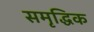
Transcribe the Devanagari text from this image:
समृद्धिक